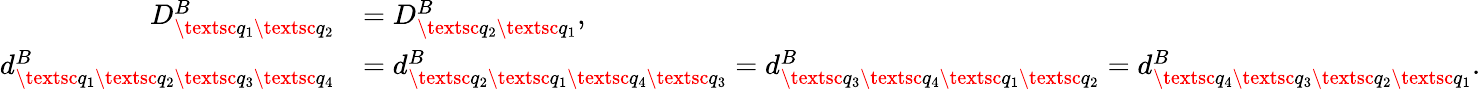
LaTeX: \begin{array}{rl}{D_{\textsc{q}_{1}\textsc{q}_{2}}^{B}}&{=D_{\textsc{q}_{2}\textsc{q}_{1}}^{B},}\\ {d_{\textsc{q}_{1}\textsc{q}_{2}\textsc{q}_{3}\textsc{q}_{4}}^{B}}&{=d_{\textsc{q}_{2}\textsc{q}_{1}\textsc{q}_{4}\textsc{q}_{3}}^{B}=d_{\textsc{q}_{3}\textsc{q}_{4}\textsc{q}_{1}\textsc{q}_{2}}^{B}=d_{\textsc{q}_{4}\textsc{q}_{3}\textsc{q}_{2}\textsc{q}_{1}}^{B}.}\end{array}